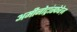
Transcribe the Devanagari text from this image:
अमीनोट्रांस्फेरेज़